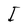
Character: I